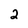
Character: 2